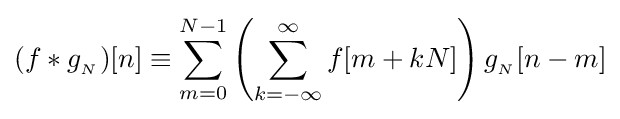
(f*g_{_{N}})[n]\equiv \sum _{m=0}^{N-1}\left(\sum _{k=-\infty }^{\infty }{f}[m+kN]\right)g_{_{N}}[n-m]